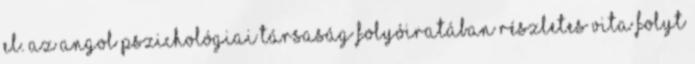
el. Az Angol Pszichológiai Társaság folyóiratában részletes vita folyt